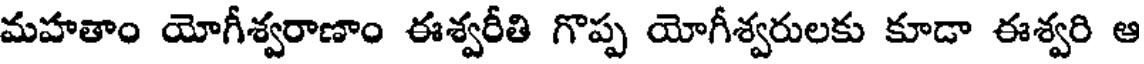
మహతాం యోగీశ్వరాణాం ఈశ్వరీతి గొప్ప యోగీశ్వరులకు కూడా ఈశ్వరి ఆ